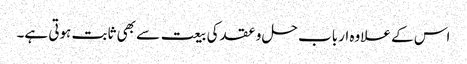
اس کے علاوہ ارباب حل و عقد کی بیعت سے بھی ثابت ہوتی ہے۔